Annual report of the Punjab Veterinary College and of the Civil Veterinary Department, Punjab - 1909-1919
Year: 1909
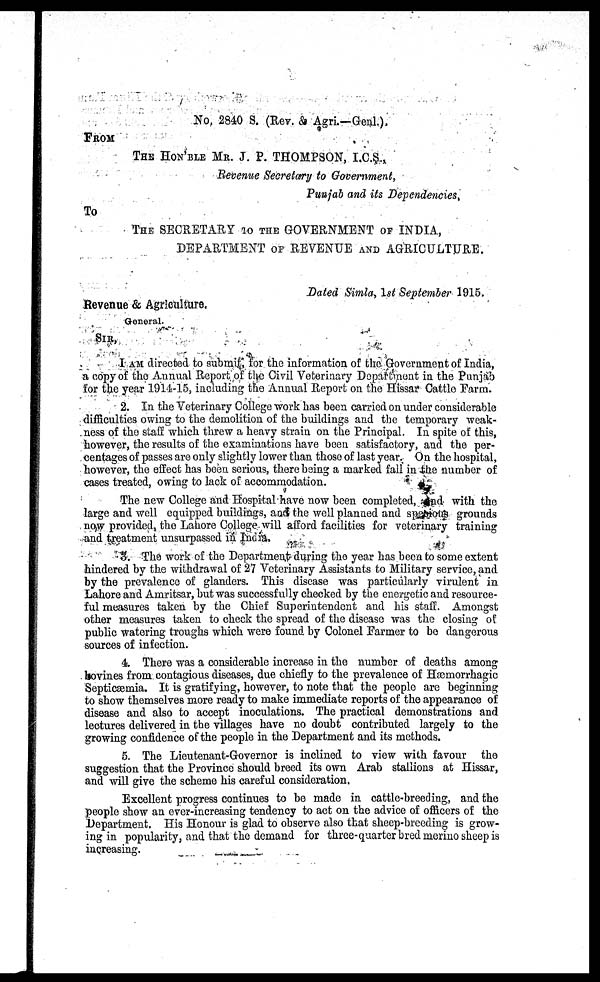
No 2840 S. (Rev. & Agri.—Genl.).
FROM
THE HON'BLE MR. J. P. THOMPSON, I.C.S.,
Revenue Secretary to Government,
Punjab and its Dependencies,
To
THE SECRETARY TO THE GOVERNMENT OF INDIA,
DEPARTMENT OF REVENUE AND AGRICULTURE.
Dated Simla, 1st September 1915.
Revenue & Agriculture.
General.
SIR,
I AM directed to submit, for the information of the Government of India,
a copy of the Annual Report of the Civil Veterinary Department in the Punjab
for the year 1914 15, including the Annual Report on the Hissar Cattle Farm.
2. In the Veterinary College work has been carried on under considerable
difficulties owing to the demolition of the buildings and the temporary weak-
ness of the staff which threw a heavy strain on the Principal. In spite of this,
however, the results of the examinations have been satisfactory, and the per-
centages of passes are only slightly lower than those of last year. On the hospital,
however, the effect has been serious, there being a marked fall in the number of
cases treated, owing to lack of accommodation.
The new College and Hospital have now been completed, and with the
large and well equipped buildings, and the well planned and specious grounds
now provided, the Lahore College will afford facilities for veterinary training
and treatment unsurpassed in India.
3. The work of the Department during the year has been to some extent
hindered by the withdrawal of 27 Veterinary Assistants to Military service, and
by the prevalence of glanders. This disease was particularly virulent in
Lahore and Amritsar, but was successfully checked by the energetic and resource-
ful measures taken by the Chief Superintendent and his staff. Amongst
other measures taken to check the spread of the disease was the closing of
public watering troughs which were found by Colonel Farmer to be dangerous
sources of infection.
4. There was a considerable increase in the number of deaths among
bovines from contagious diseases, due chiefly to the prevalence of Hæmorrhagic
Septicæmia. It is gratifying, however, to note that the people are beginning
to show themselves more ready to make immediate reports of the appearance of
disease and also to accept inoculations. The practical demonstrations and
lectures delivered in the villages have no doubt contributed largely to the
growing confidence of the people in the Department and its methods.
5. The Lieutenant-Governor is inclined to view with favour the
suggestion that the Province should breed its own Arab stallions at Hissar,
and will give the scheme his careful consideration.
Excellent progress continues to be made in cattle-breeding, and the
people show an ever-increasing tendency to act on the advice of officers of the
Department. His Honour is glad to observe also that sheep-breeding is grow-
ing in popularity, and that the demand for three-quarter bred merino sheep is
increasing.